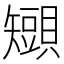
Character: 𧸒